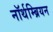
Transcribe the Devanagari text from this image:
नॉर्थम्ब्रियन